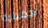
تجميلية